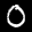
Label: 0